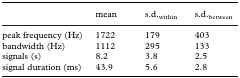
<table><thead><tr><td></td><td><b>mean</b></td><td><b>s.d.<sub>within</sub></b></td><td><b>s.d.<sub>between</sub></b></td></tr></thead><tbody><tr><td>peak frequency (Hz)</td><td>1722</td><td>179</td><td>403</td></tr><tr><td>bandwidth (Hz)</td><td>1112</td><td>295</td><td>133</td></tr><tr><td>signals (s)</td><td>8.2</td><td>3.8</td><td>2.5</td></tr><tr><td>signal duration (ms)</td><td>43.9</td><td>5.6</td><td>2.8</td></tr></tbody></table>